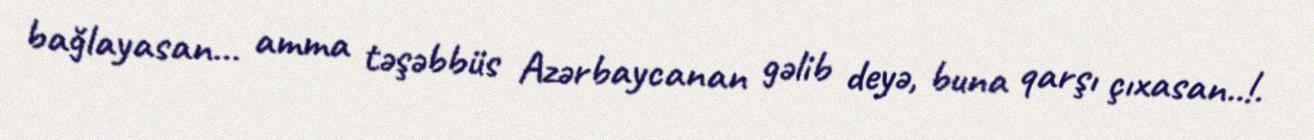
bağlayasan… amma təşəbbüs Azərbaycanan gəlib deyə, buna qarşı çıxasan..!.